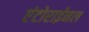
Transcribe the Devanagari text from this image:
एंटोराईनल